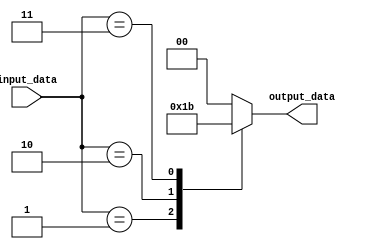
module simple_case_statement (
    input      [3:0]  input_data,
    output reg [1:0]  output_data
);

always @* begin
    case(input_data)
        4'b0000: output_data = 2'b00;
        4'b0001: output_data = 2'b01;
        4'b0010: output_data = 2'b10;
        4'b0011: output_data = 2'b11;
        default: output_data = 2'b00;
    endcase
end

endmodule